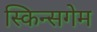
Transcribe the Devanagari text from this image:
स्किन्सगेम